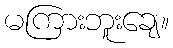
မကြားဘူးချေ။